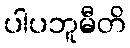
ပါပဘူမီတိ